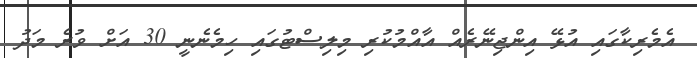
އެމެރިކާގައި އުޅޭ އިންޖިނޭރެއް އާއްމުކުރި މިލިސްޓުގައި ހިމެނެނީ 30 އަށް ވުރެ މަދު